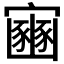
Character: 𫴠